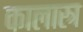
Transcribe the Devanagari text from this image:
कालास्त्र